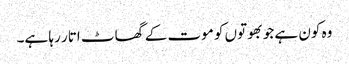
وہ کون ہے جو بھوتوں کو موت کے گھاٹ اتار رہا ہے۔